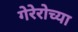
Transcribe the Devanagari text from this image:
गेरेरोच्या